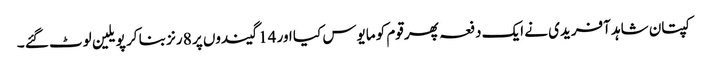
کپتان شاہد آفریدی نے ایک دفعہ پھر قوم کو مایوس کیا اور 14 گیندوں پر 8 رنز بنا کر پویلین لوٹ گئے ۔